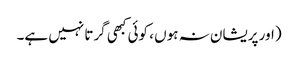
(اور پریشان نہ ہوں ، کوئی کبھی گرتا نہیں ہے۔